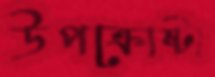
উপক্রোষ্টা